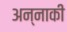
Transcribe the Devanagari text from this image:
अन्नाकी